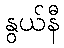
နွယ်နီ